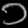
Digit: ၁